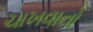
ચાખવાનો